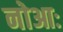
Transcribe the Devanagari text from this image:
नोआः